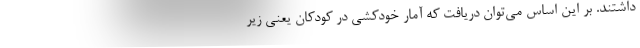
داشتند. بر این اساس می‌توان دریافت که آمار خودکشی در کودکان یعنی زیر